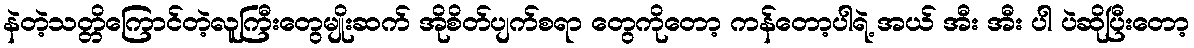
နဲတဲ့သတ္တိကြောင်တဲ့လူကြီးတွေမျိုးဆက် အိုစိတ်ပျက်စရာ တွေကိုတော့ ကန်တော့ပါရဲ့ အယ် အီး အီး ပါ ပဲဆိုပြီးတော့